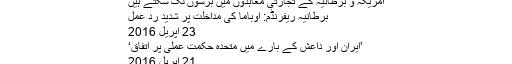
’فوج بھیج کر بشارالاسد کا تختہ الٹنا غلط ہوگا‘
امریکہ و برطانیہ کے تجارتی معاہدوں میں برسوں لگ سکتے ہیں
برطانیہ ریفرنڈم: اوباما کی مداخلت پر شدید ردِ عمل
23 اپريل 2016
’ایران اور داعش کے بارے میں متحدہ حکمت عملی پر اتفاق‘
21 اپريل 2016
دونوں جانب سے اعتبار میں کمی